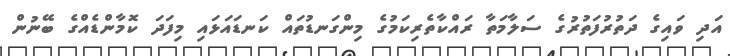
އަދި ވައިގެ ދަތުރުފަތުރުގެ ސަލާމަތާ ރައްކާތެރިކަމުގެ މިންގަނޑުތައް ކަނޑައަަޅައި މިފަދަ ކޮމާންޑެއްގެ ބޭނުން